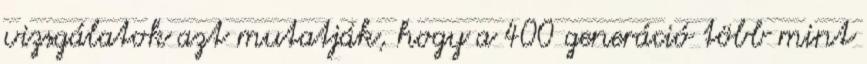
vizsgálatok azt mutatják, hogy a 400 generáció több mint